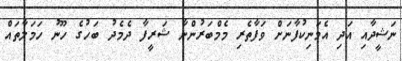
ނަޝީދާއި އަދި އެމަނިކުފާނަށް ވަފާތެރި މެމްބަރުންނާ ޝަރީފާ ދެމެދު ބަހުގެ ހޫނު ހަމަލާތައް